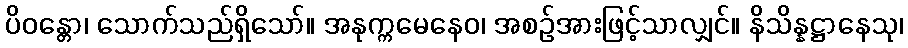
ပိဝန္တော၊ သောက်သည်ရှိသော်။ အနုက္ကမေနေဝ၊ အစဉ်အားဖြင့်သာလျှင်။ နိသိန္နဋ္ဌာနေသု၊